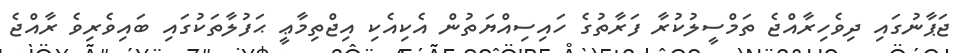
ޖަޕާނުގައި ދިވެހިރާއްޖެ ތަމްސީލުކުރާ ފަރާތުގެ ހައިސިއްޔަތުން އެކިއެކި އިޖްތިމާޢީ ޙަފުލާތަކުގައި ބައިވެރިވެ ރާއްޖެ